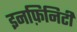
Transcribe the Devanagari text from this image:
इनफ़िनिटी